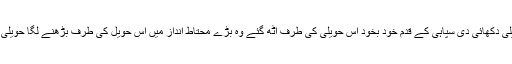
کچھ دور اسے ایک پرانی حویلی دکھائی دی سپاہی کے قدم خود بخود اس حویلی کی طرف اٹھ گئے وہ بڑے محتاط انداز میں اس حویل کی طرف بڑھنے لگا حویلی اندھیرے میں ڈوبی ہوئی تھی۔